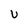
Character: U